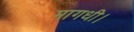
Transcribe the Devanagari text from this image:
मागधी।